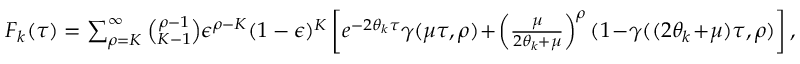
\begin{array} { r } { F _ { k } ( \tau ) = \sum _ { \rho = K } ^ { \infty } \binom { \rho - 1 } { K - 1 } \epsilon ^ { \rho - K } ( 1 - \epsilon ) ^ { K } \left[ e ^ { - 2 \theta _ { k } \tau } \gamma ( \mu \tau , \rho ) \! + \! \left( \frac { \mu } { 2 \theta _ { k } + \mu } \right) ^ { \rho } ( 1 \! - \! \gamma ( ( 2 \theta _ { k } \! + \! \mu ) \tau , \rho ) \right] , } \end{array}